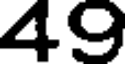
49